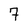
Character: 7